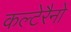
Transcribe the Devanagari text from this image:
कल्टेरैनो